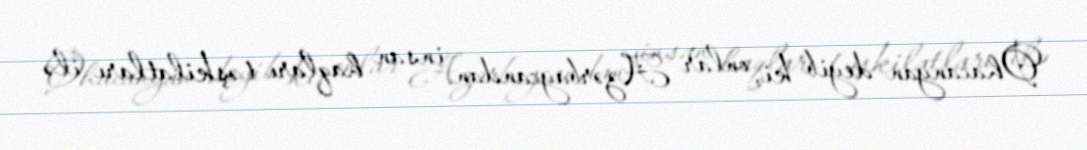
Ohacanyan deyib ki, onlar Azərbaycandan insan haqları təşkilatları ilə